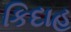
કિદાહ